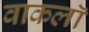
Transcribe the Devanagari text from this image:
वाकलॉ